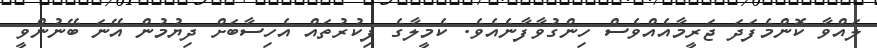
ލައްވާ ކޮންމެފަދަ ޖަރީމާއެއްވެސް ހިންގުވާފާނެއެވެ. ކެމީލާގެ ފިކުރުތައް އެހިސާބަށް ދިޔުމުން އޭނަ ބޭނުންވީ